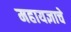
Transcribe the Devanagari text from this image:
महायज्ञाचे